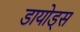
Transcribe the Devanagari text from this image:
डायोड्स